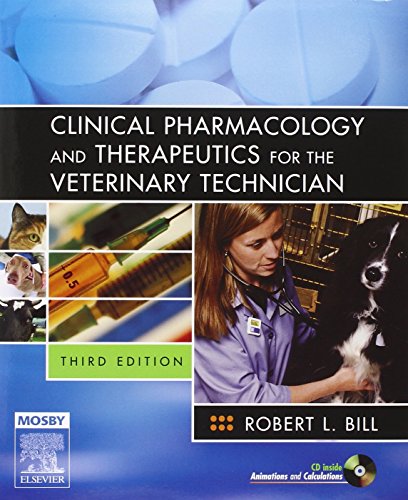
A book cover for Clinical Pharmacology and Therapeutics for the Veterinary Technician, 3e; Robert L. Bill DVM  PhD; Medical Books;